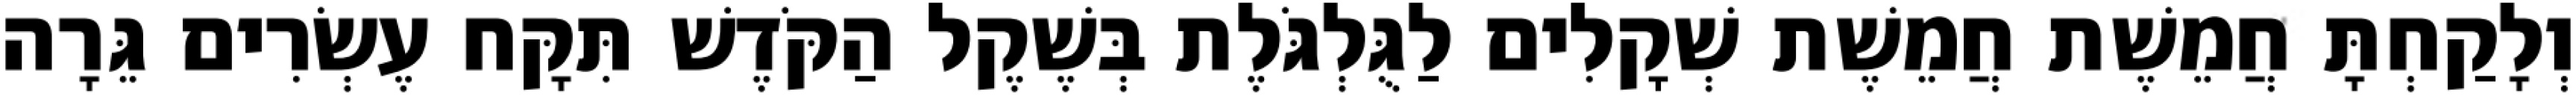
וְלָקַחְתָּ חֲמֵשֶׁת חֲמֵשֶׁת שְׁקָלִים לַגֻּלְגֹּלֶת בְּשֶׁקֶל הַקֹּדֶשׁ תִּקָּח עֶשְׂרִים גֵּרָה